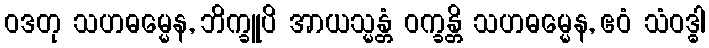
ဝဒတု သဟဓမ္မေန, ဘိက္ခူပိ အာယသ္မန္တံ ဝက္ခန္တိ သဟဓမ္မေန, ဧဝံ သံဝဒ္ဓါ